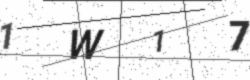
Text: 1W17